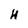
Character: H